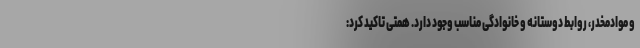
و موادمخدر، روابط دوستانه و خانوادگی مناسب وجود دارد. همتی تاکید کرد: